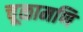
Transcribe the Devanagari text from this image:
चूळामणि